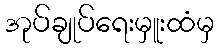
အုပ်ချုပ်ရေးမှူးထံမှ